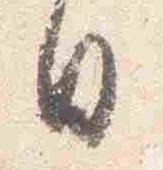
日